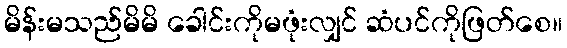
မိန်းမသည်မိမိ ခေါင်းကိုမဖုံးလျှင် ဆံပင်ကိုဖြတ်စေ။